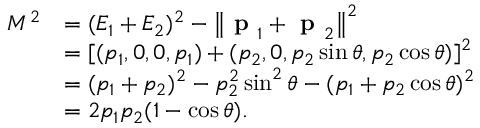
{ \begin{array} { r l } { M ^ { 2 } } & { = ( E _ { 1 } + E _ { 2 } ) ^ { 2 } - \left\| { \textbf { p } } _ { 1 } + { \textbf { p } } _ { 2 } \right\| ^ { 2 } } \\ & { = [ ( p _ { 1 } , 0 , 0 , p _ { 1 } ) + ( p _ { 2 } , 0 , p _ { 2 } \sin \theta , p _ { 2 } \cos \theta ) ] ^ { 2 } } \\ & { = ( p _ { 1 } + p _ { 2 } ) ^ { 2 } - p _ { 2 } ^ { 2 } \sin ^ { 2 } \theta - ( p _ { 1 } + p _ { 2 } \cos \theta ) ^ { 2 } } \\ & { = 2 p _ { 1 } p _ { 2 } ( 1 - \cos \theta ) . } \end{array} }